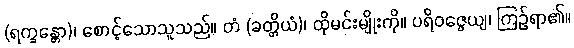
(ရက္ခန္တော)၊ စောင့်သောသူသည်။ တံ (ခတ္တိယံ)၊ ထိုမင်းမျိုးကို။ ပရိဝဇ္ဇေယျ၊ ကြဉ်ရာ၏။